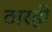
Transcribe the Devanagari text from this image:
ठारही